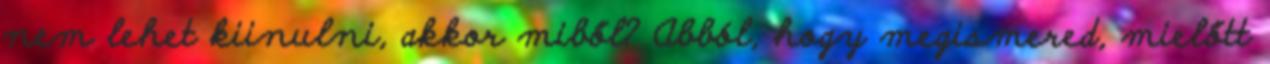
nem lehet kiinulni, akkor miből? Abból, hogy megismered, mielőtt